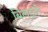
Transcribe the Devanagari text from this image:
बिलइती